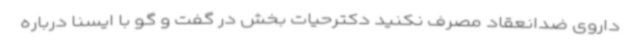
داروی ضدانعقاد مصرف نکنید دکترحیات بخش در گفت و گو با ایسنا درباره